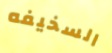
السخيفه